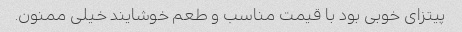
پیتزای خوبی بود با قیمت مناسب و طعم خوشایند خیلی ممنون.